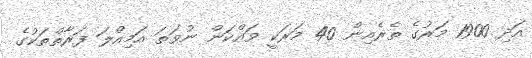
އަދި 1900 މަރުގެ ތެރެއިން 40 މަރަކީ ވައްކަން ނުވަތަ އަމިއްލަ ފަރާތްތަކުގެ